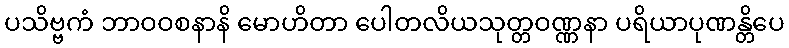
ပသိဗ္ဗကံ ဘာဝဝစနာနိ မောဟိတာ ပေါတလိယသုတ္တဝဏ္ဏနာ ပရိယာပုဏန္တိပေ